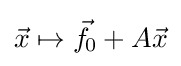
{\vec {x}}\mapsto {\vec {f}}\!_{0}+A{\vec {x}}